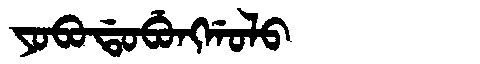
Manchu: ᠶᠣᠪᠣᡩᠣᠪᡠᠩᡤᠣᠯᠣ
Romanization: YOBODOBUNGGOLO